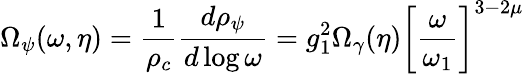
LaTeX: \Omega_{\psi}(\omega,\eta)=\frac{1}{\rho_{c}}\frac{d\rho_{\psi}}{d\log{\omega}}=g_{1}^{2}\Omega_{\gamma}(\eta)\biggl[\frac{\omega}{\omega_{1}}\biggr]^{3-2\mu}